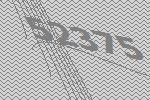
52375